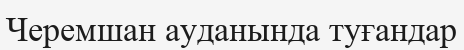
Черемшан ауданында туғандар